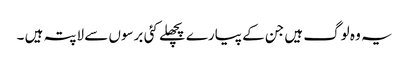
یہ وہ لوگ ہیں جن کے پیارے پچھلے کئی برسوں سے لاپتہ ہیں ۔